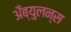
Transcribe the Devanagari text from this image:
अँब्युलन्स